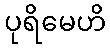
ပုရိမေဟိ